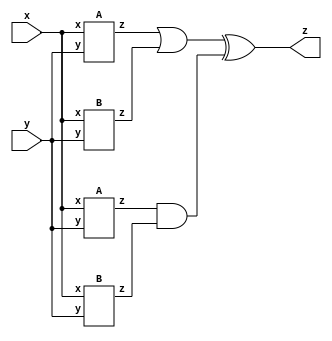
module top_module (input x, input y, output z);

    wire out_IA1, out_IA2, out_IB1, out_IB2;

    A IA1(.x(x), .y(y), .z(out_IA1));
    A IA2(.x(x), .y(y), .z(out_IA2));
    B IB1(.x(x), .y(y), .z(out_IB1));
    B IB2(.x(x), .y(y), .z(out_IB2));

    assign z = (out_IA1 | out_IB1) ^ (out_IA2 & out_IB2);
endmodule


module A (input x, input y, output z);
    assign z = (x^y) & x;
endmodule


module B ( input x, input y, output z );
    assign z = ~(x^y);
endmodule